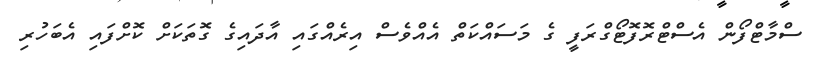
ސްމާޓްފޯން އެސްޓްރޮފޮޓޯގްރަފީ ގެ މަސައްކަތް އެއްވެސް އިރެއްގައި އާދައިގެ ގޮތަކަށް ކޮށްފައި އެބަހުރި